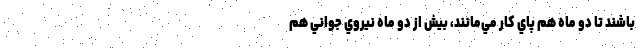
باشند تا دو ماه هم پاي كار مي‌مانند، بيش از دو ماه نيروي جواني هم